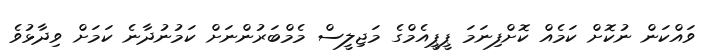
ވައްކަން ނުކޮށް ކަމެއް ކޮށްފިނަމަ ޕީޕީއެމްގެ މަޖިލީސް މެމްބަރުންނަށް ކަމުނުދާނެ ކަމަށް ވިދާޅުވެ